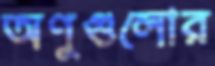
অণুগুলোর